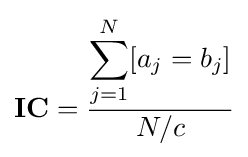
\mathbf {IC} ={\frac {\displaystyle \sum _{j=1}^{N}[a_{j}=b_{j}]}{N/c}}